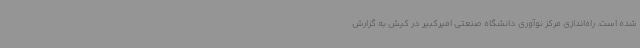
شده است. راه‌اندازی مرکز نوآوری دانشگاه صنعتی امیرکبیر در کیش به گزارش